Trukikaitis_Postimees, lk 140
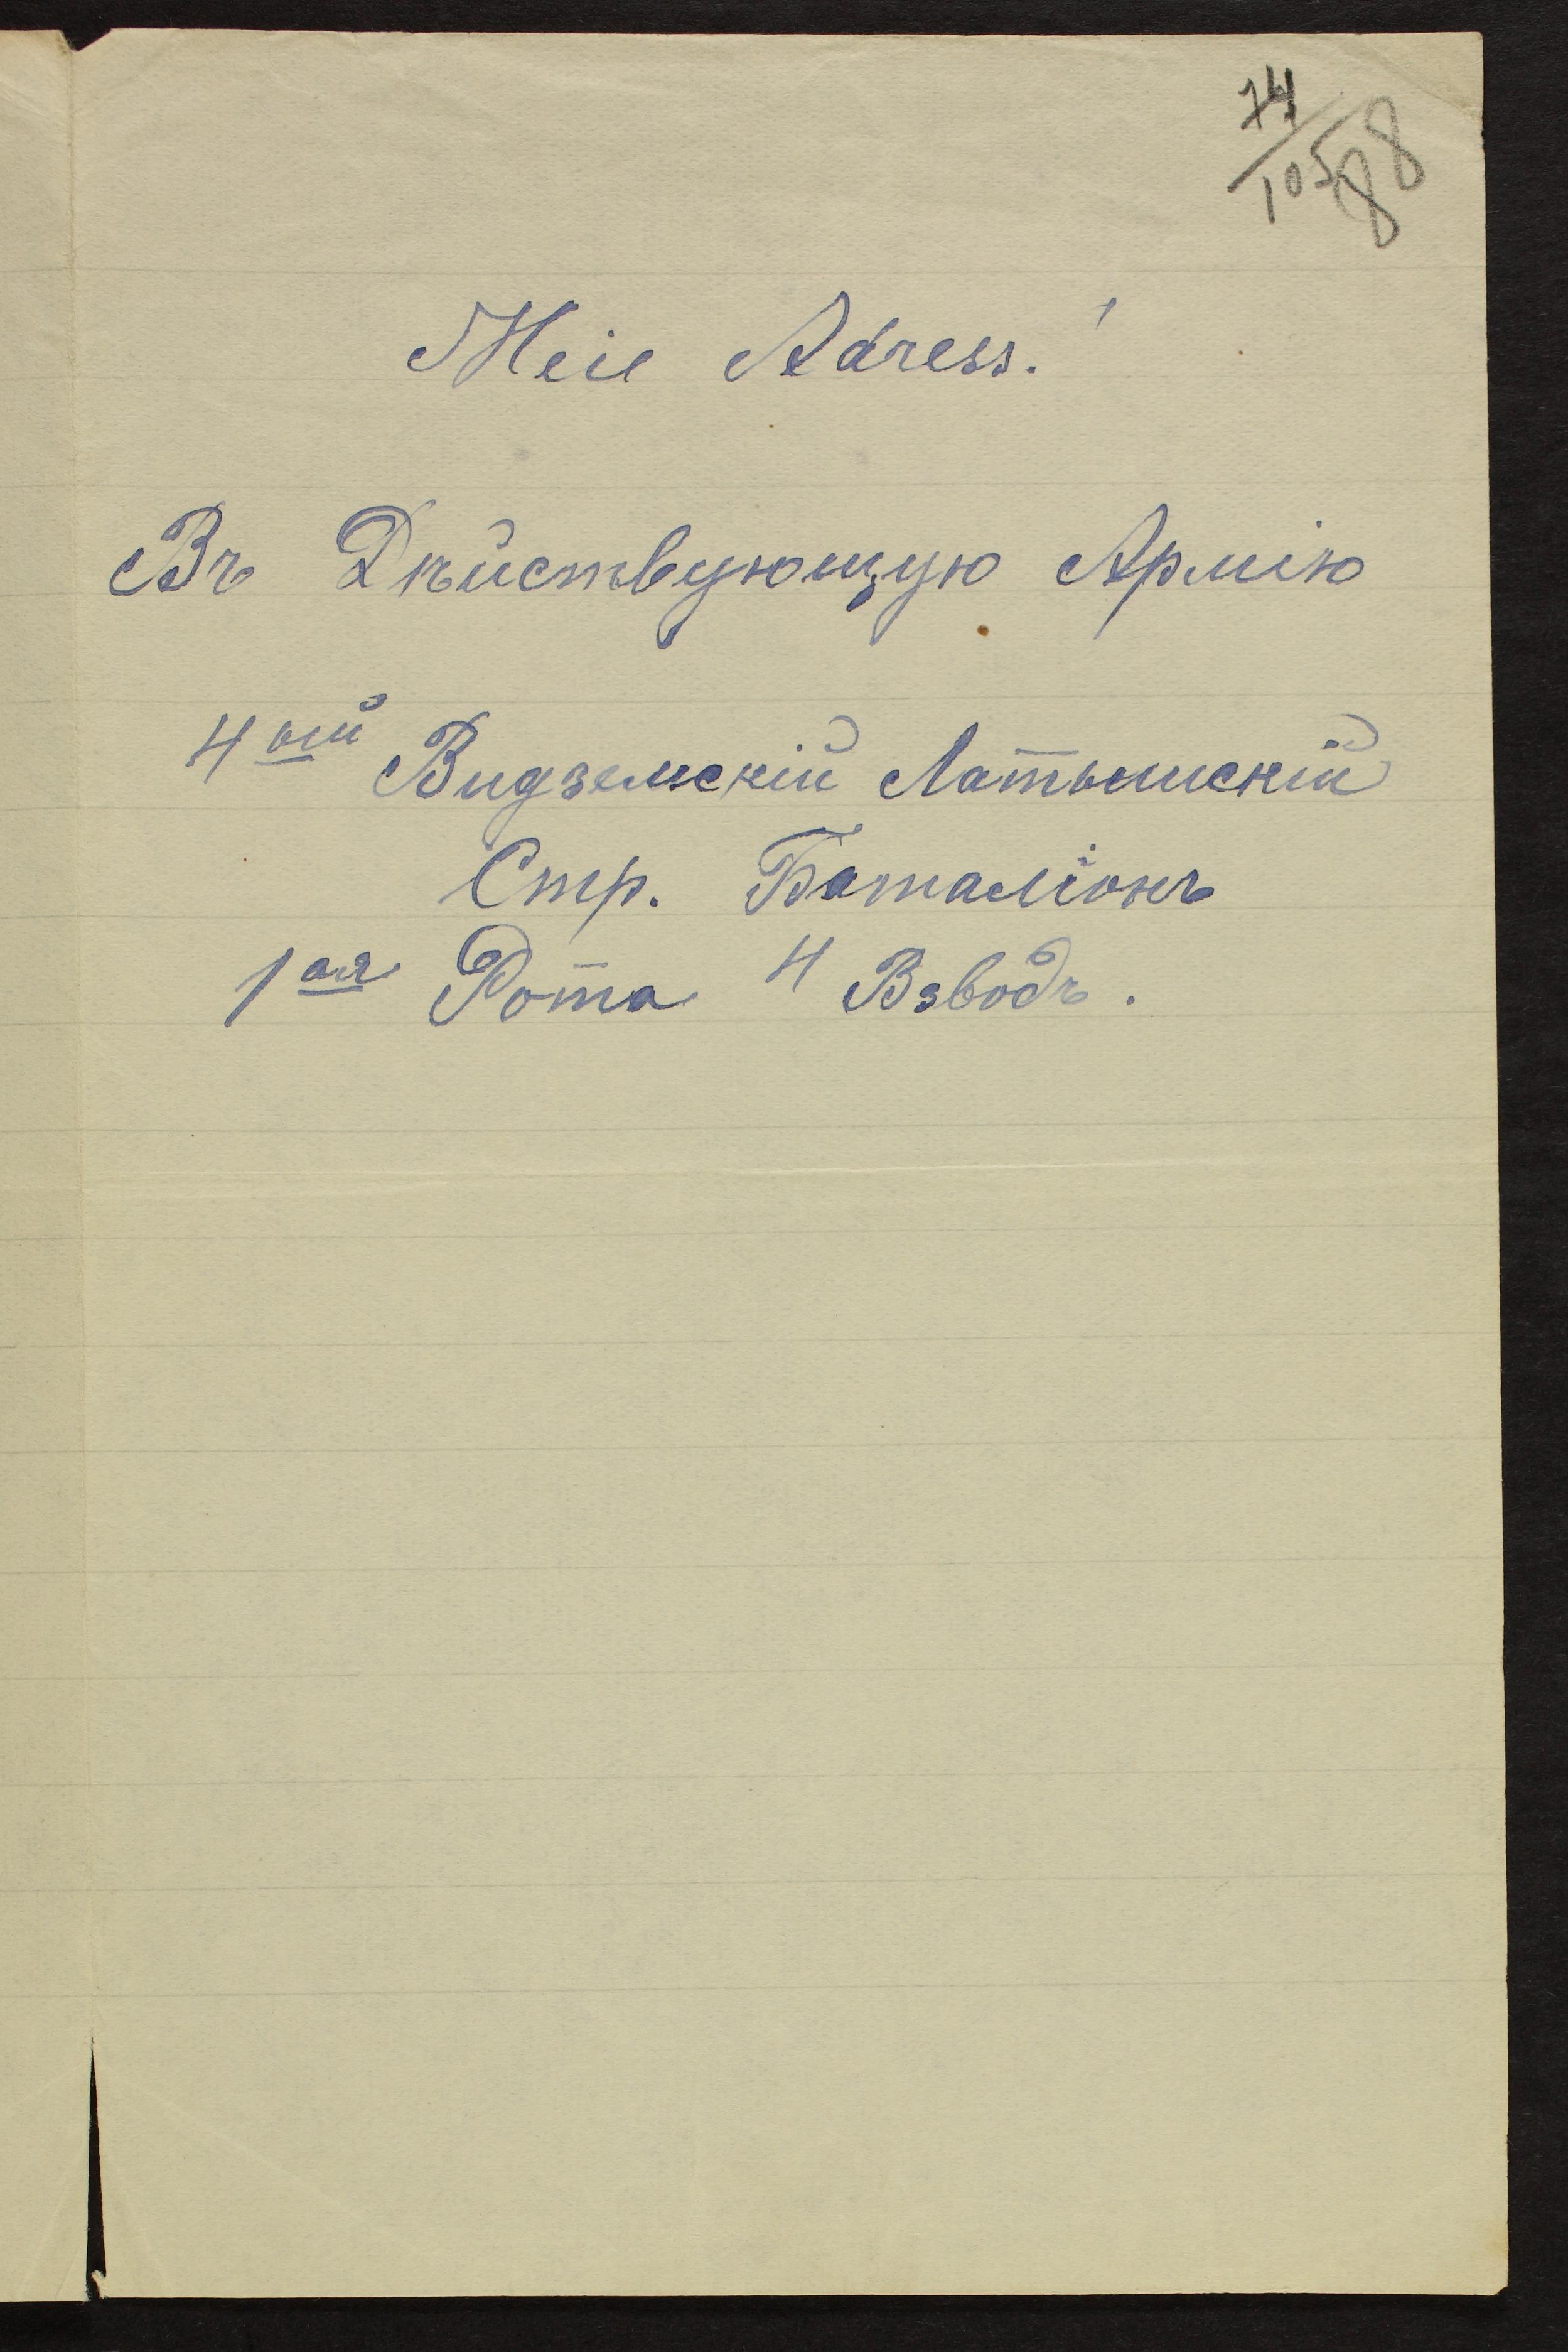
74
105
88
Meie Adress.